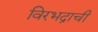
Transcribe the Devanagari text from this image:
विरभद्राची